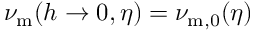
\nu _ { \mathrm { m } } ( h \rightarrow 0 , \eta ) = \nu _ { \mathrm { m } , 0 } ( \eta )